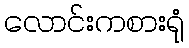
လောင်းကစားရုံ